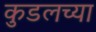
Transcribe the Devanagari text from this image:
कुडलच्या